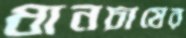
ধানচাষের